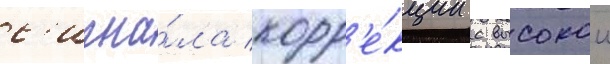
с'игна́ла корр'е́кции с высокои